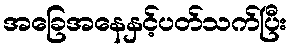
အခြေအနေနှင့်ပတ်သက်ပြီး